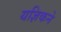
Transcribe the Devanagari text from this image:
यज्ञिकने